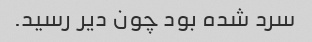
سرد شده بود چون دیر رسید.